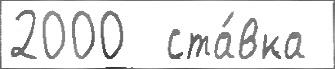
2000  ста́вка